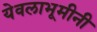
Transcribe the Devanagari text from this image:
येवलाभूमीनी